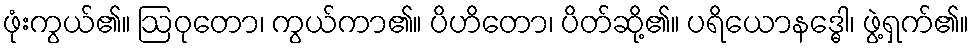
ဖုံးကွယ်၏။ ဩဝုတော၊ ကွယ်ကာ၏။ ပိဟိတော၊ ပိတ်ဆို့၏။ ပရိယောနဒ္ဓေါ၊ ဖွဲ့ရှက်၏။